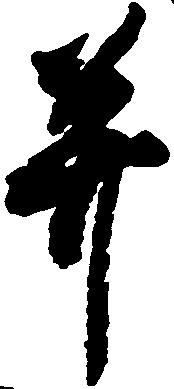
并